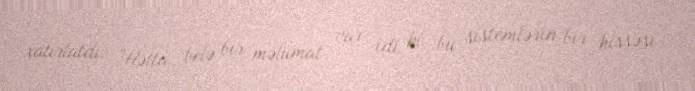
xatırlatdı: “Hətta belə bir məlumat var idi ki, bu sistemlərin bir hissəsi